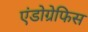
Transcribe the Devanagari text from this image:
एंडोग्रेफिस